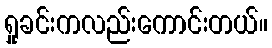
ရှုခင်းကလည်းကောင်းတယ်။